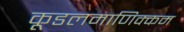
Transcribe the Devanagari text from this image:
कूडलमाणिक्कम